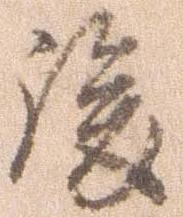
後